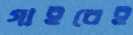
গাইবেই